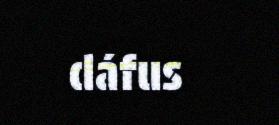
dáfus